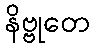
နိဗ္ဗုတေ